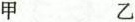
甲 乙